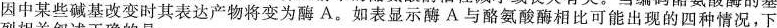
因中某些碱基改变时其表达产物将变为酶A。如表显示酶A与酪氨酸酶相比可能出现的四种情况，下